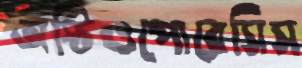
অস্টিওপোরেসিস